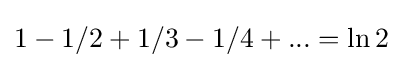
1-1/2+1/3-1/4+...=\ln 2